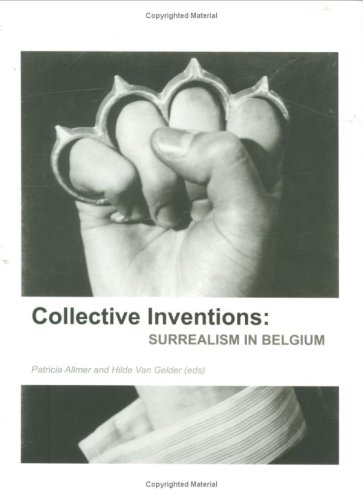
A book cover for Collective Inventions: Surrealism in Belgium (Lieven Gevaert Series); History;